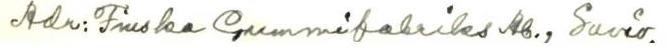
Adr: Finska Gummifabriks Ab., Savio.